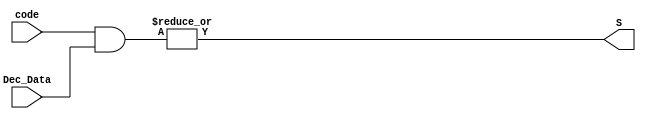
module Gate (
  input wire [9:0] code, Dec_Data,
  output wire S
);

  // Como cada code possui 0 em 9 bits e 1 em apenas um (Ex: 10'b0010000000),
  // basta fazer um bitwise and com cada bit do code e do dec_data, e em seguida fazer um or com cada bit para obter o resultado.
  assign S = |(code & Dec_Data);

endmodule